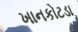
ખાનકોટડા